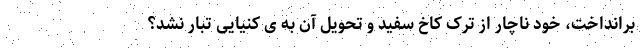
برانداخت، خود ناچار از ترک کاخ سفید و تحویل آن به ی کنیایی تبار نشد؟